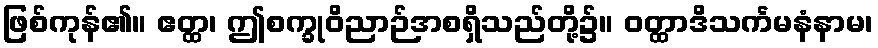
ဖြစ်ကုန်၏။ ဧတ္ထ၊ ဤစက္ခုဝိညာဉ်အစရှိသည်တို့၌။ ဝတ္ထာဒိသင်္ကမနံနာမ၊